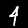
Label: 4